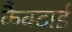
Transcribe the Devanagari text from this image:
कैक्टाई